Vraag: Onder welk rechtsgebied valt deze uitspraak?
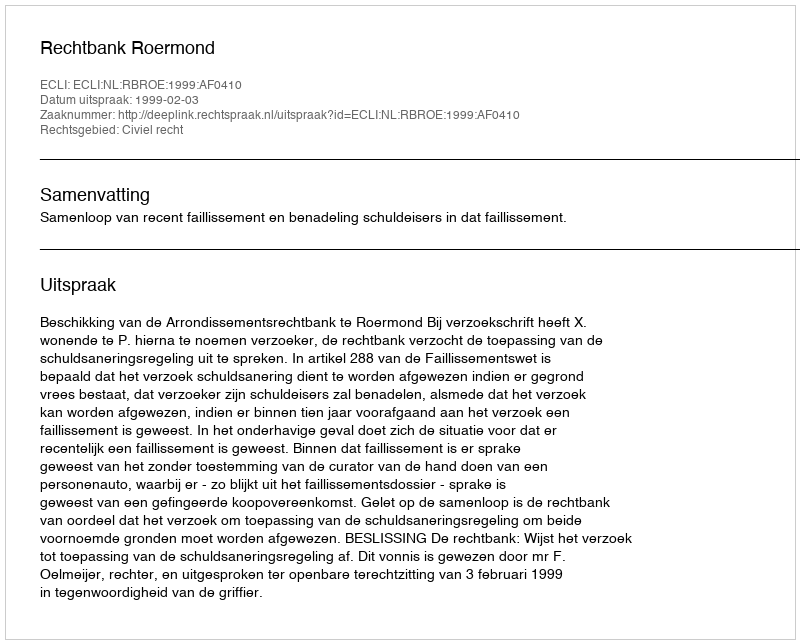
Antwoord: Civiel recht